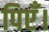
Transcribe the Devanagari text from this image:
पिएँ।